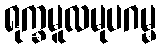
ရုက္ခမူလမုပဂမ္မ